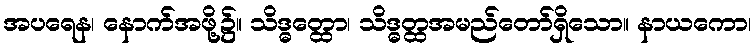
အပရေန၊ နောက်အဖို့၌။ သိဒ္ဓတ္ထော၊ သိဒ္ဓတ္ထအမည်တော်ရှိသော။ နာယကော၊